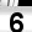
Digit: 6